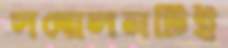
সম্মেলনটিই